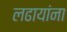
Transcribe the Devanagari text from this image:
लढायांना